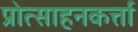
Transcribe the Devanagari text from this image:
प्रोत्साहनकर्त्ता